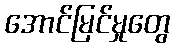
အောင်မြင်မှုတွေ